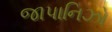
જાપાનિઝો